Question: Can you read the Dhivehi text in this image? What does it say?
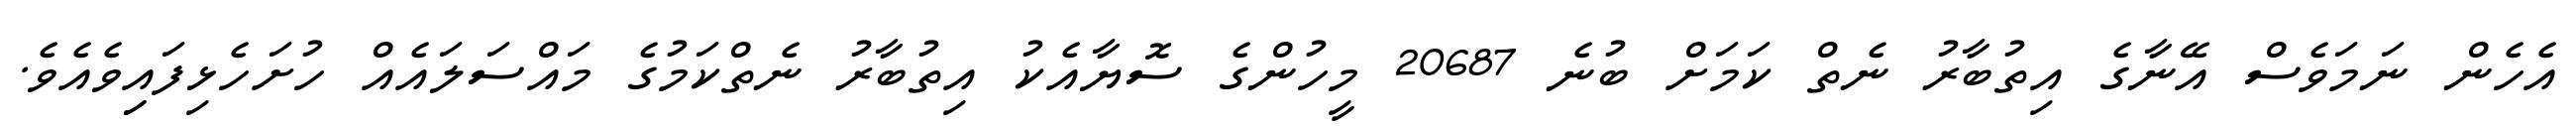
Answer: އެހެން ނަމަވެސް އޭނާގެ އިތުބާރު ނެތް ކަމަށް ބުނެ 20687 މީހުންގެ ސޮޔާއެކު އިތުބާރު ނެތްކަމުގެ މައްސަލައެއް ހުށަހެޅިފައިިވެއެވެ.